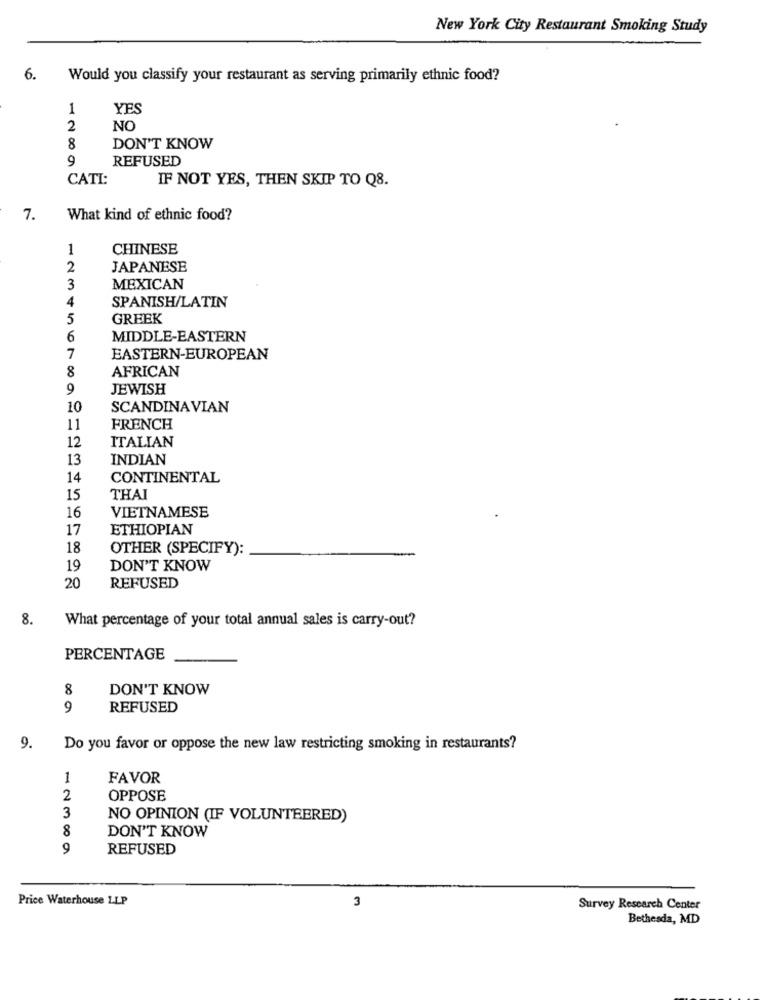
New York City Restaurant Smoking Study
6.
Would you classify your restaurant as serving primarily ethnic food?
1
YES
2
NC
8
DON'T KNOW
9
REFUSED
CATI:
IF NOT YES, THEN SKIP TO Q8.
7.
What kind of ethnic food?
CHINESE
2
JAPANESE
3
MEXICAN
4
SPANISH/LATIN
5
GREEK
6
MIDDLE-EASTERN
7
EASTERN-EUROPEAN
8
AFRICAN
9
JEWISH
10
SCANDINAVIAN
11
FRENCH
12
ITALIAN
13
INDIAN
14
CONTINENTAL
15
THAI
16
VIETNAMESE
17
ETHIOPIAN
18
OTHER (SPECIFY):
19
DON'T KNOW
20
REFUSED
8.
What percentage of your total annual sales is carry-out?
PERCENTAGE
8
DON'T KNOW
9
REFUSED
9.
Do you favor or oppose the new law restricting smoking in restaurants?
1
FAVOR
2
OPPOSE
3
NO OPINION (IF VOLUNTEERED)
8
DON'T KNOW
9
REFUSED
Price Waterhouse LLP
3
Survey Research Center
Bethesda, MD